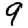
Digit: 9